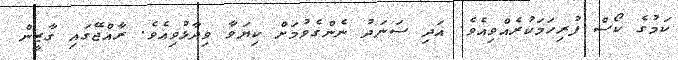
ކަމުގެ ކޯސް ފުރިހަމަކުރެއްވިއެވެ. އަދި ސަނަދު ނެންގެވުމަށް ކިޔަވާ ވިދާޅުވިއެވެ. ރާއްޖޭގައި ގާޒީން